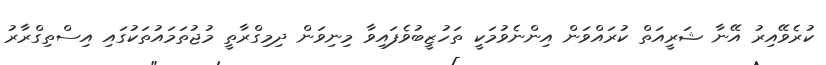
ކުރެވޭއިރު އޭނާ ޝަރީއަތް ކުރައްވަން އިންނެވުމަކީ ތަހުޒީބުވެފައިވާ މިނިވަން ދިމިގްރާތީ މުޖުތަމައުތަކުގައި އިސްތިގްރާރު